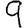
Digit: 9